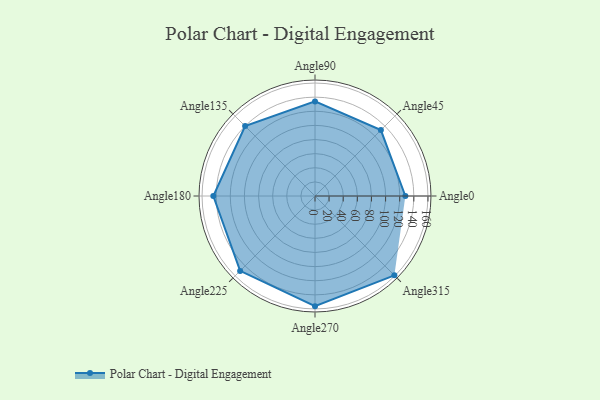
{"axis": {"x": "Angle", "y": "Radius"}, "legend": [""], "data": [{"x": "Angle0", "y": 128.0, "type": ""}, {"x": "Angle45", "y": 132.0, "type": ""}, {"x": "Angle90", "y": 134.0, "type": ""}, {"x": "Angle135", "y": 140.0, "type": ""}, {"x": "Angle180", "y": 144.0, "type": ""}, {"x": "Angle225", "y": 150.0, "type": ""}, {"x": "Angle270", "y": 156.0, "type": ""}, {"x": "Angle315", "y": 159.0, "type": ""}]}